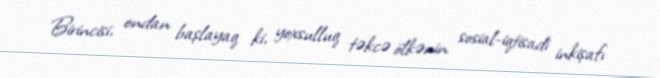
Birincisi, ondan başlayaq ki, yoxsulluq təkcə ölkənin sosial-iqtisadi inkişafı